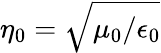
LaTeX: \eta_{\mathrm{0}}=\sqrt{\mu_{0}/\epsilon_{0}}